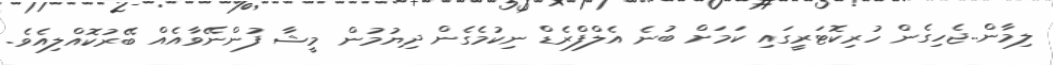
ލިމާން..ޖެހިގެން ހުރިކޮޓަރީގައި ކަމަށް ބުނެ އެލްފްރެޑް ނިކުމެގެން ދިޔުމުން މީޝާ ފުންނޭވާއެއް ބޭރުކޮއްލިއެވެ.